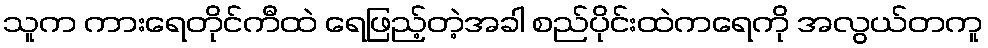
သူက ကားရေတိုင်ကီထဲ ရေဖြည့်တဲ့အခါ စည်ပိုင်းထဲကရေကို အလွယ်တကူ